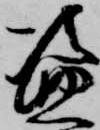
盗